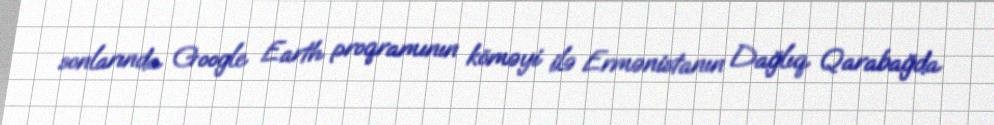
sonlarında Google Earth proqramının köməyi ilə Ermənistanın Dağlıq Qarabağda